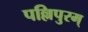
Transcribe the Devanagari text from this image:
पल्लिपुरम्